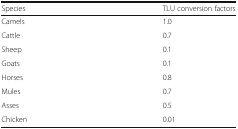
| Species | TLU conversion factors |
 | --- | --- |
 | Camels | 1.0 |
 | Cattle | 0.7 |
 | Sheep | 0.1 |
 | Goats | 0.1 |
 | Horses | 0.8 |
 | Mules | 0.7 |
 | Asses | 0.5 |
 | Chicken | 0.01 |